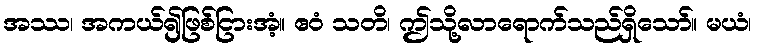
အဿ၊ အကယ်၍ဖြစ်ငြားအံ့။ ဧဝံ သတိ၊ ဤသို့လာရောက်သည်ရှိသော်။ မယံ၊